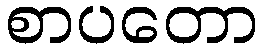
စာပတော